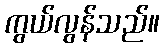
ကွယ်လွန်သည်။